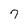
Character: 7